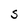
Character: S